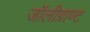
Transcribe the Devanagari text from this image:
जॉलीग्राण्ट